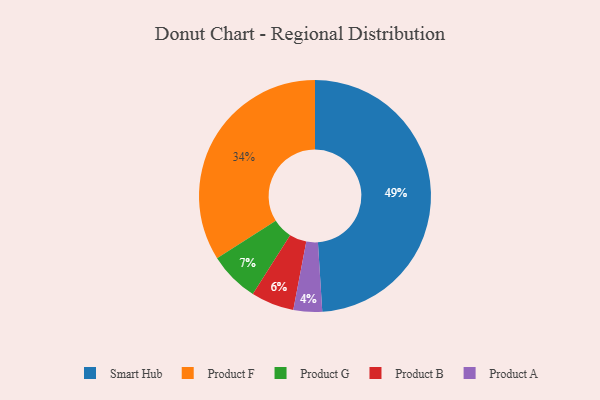
{"axis": {"x": "Category", "y": "Percentage"}, "legend": ["Product A", "Product B", "Product F", "Product G", "Smart Hub"], "data": [{"x": "Smart Hub", "y": 49, "type": "Smart Hub"}, {"x": "Product F", "y": 34, "type": "Product F"}, {"x": "Product B", "y": 6, "type": "Product B"}, {"x": "Product G", "y": 7, "type": "Product G"}, {"x": "Product A", "y": 4, "type": "Product A"}]}